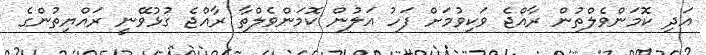
އަދި ކޮމަންވެލްތުން ރާއްޖެ ވަކިވުމަށް ފަހު އަލުން ކޮމަންވެލްތާ ރާއްޖެ ގުޅުވޭނީ ރައްޔިތުންގެ